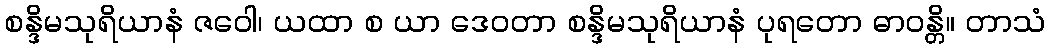
စန္ဒိမသုရိယာနံ ဇဝေါ၊ ယထာ စ ယာ ဒေဝတာ စန္ဒိမသုရိယာနံ ပုရတော ဓာဝန္တိ။ တာသံ